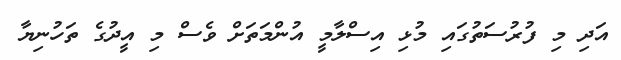
އަދި މި ފުރުސަތުގައި މުޅި އިސްލާމީ އުންމަތަށް ވެސް މި އީދުގެ ތަހުނިޔާ